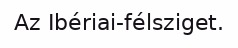
Az Ibériai-félsziget.